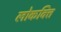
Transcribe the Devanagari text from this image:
लोकवित्त